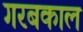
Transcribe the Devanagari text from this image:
गरबकाल